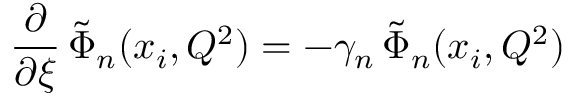
\frac { \partial } { \partial \xi } \, \tilde { \Phi } _ { n } ( x _ { i } , Q ^ { 2 } ) = - \gamma _ { n } \, \tilde { \Phi } _ { n } ( x _ { i } , Q ^ { 2 } )